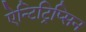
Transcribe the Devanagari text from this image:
ऐन्टिट्रिप्सिन